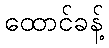
ထောင်ခန့်